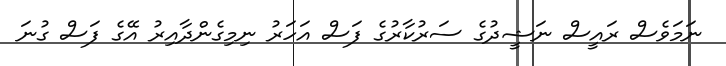
ނަމަވެސް ރައީސް ނަޝީދުގެ ސަރުކާރުގެ ފަސް އަހަރު ނިމިގެންދާއިރު އޭގެ ފަސް ގުނަ